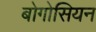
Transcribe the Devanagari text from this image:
बोगोसियन